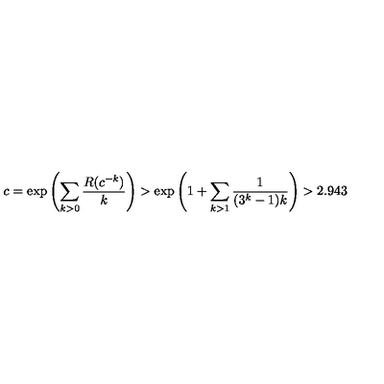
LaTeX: c = \exp \left( \sum _ { k > 0 } { \frac { R ( c ^ { - k } ) } { k } } \right) > \exp \left( 1 + \sum _ { k > 1 } { \frac { 1 } { ( 3 ^ { k } - 1 ) k } } \right) > 2 . 9 4 3